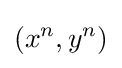
(x^{n},y^{n})